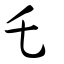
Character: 乇